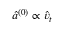
\hat { a } ^ { ( 0 ) } \propto \hat { v } _ { t }